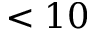
< 1 0